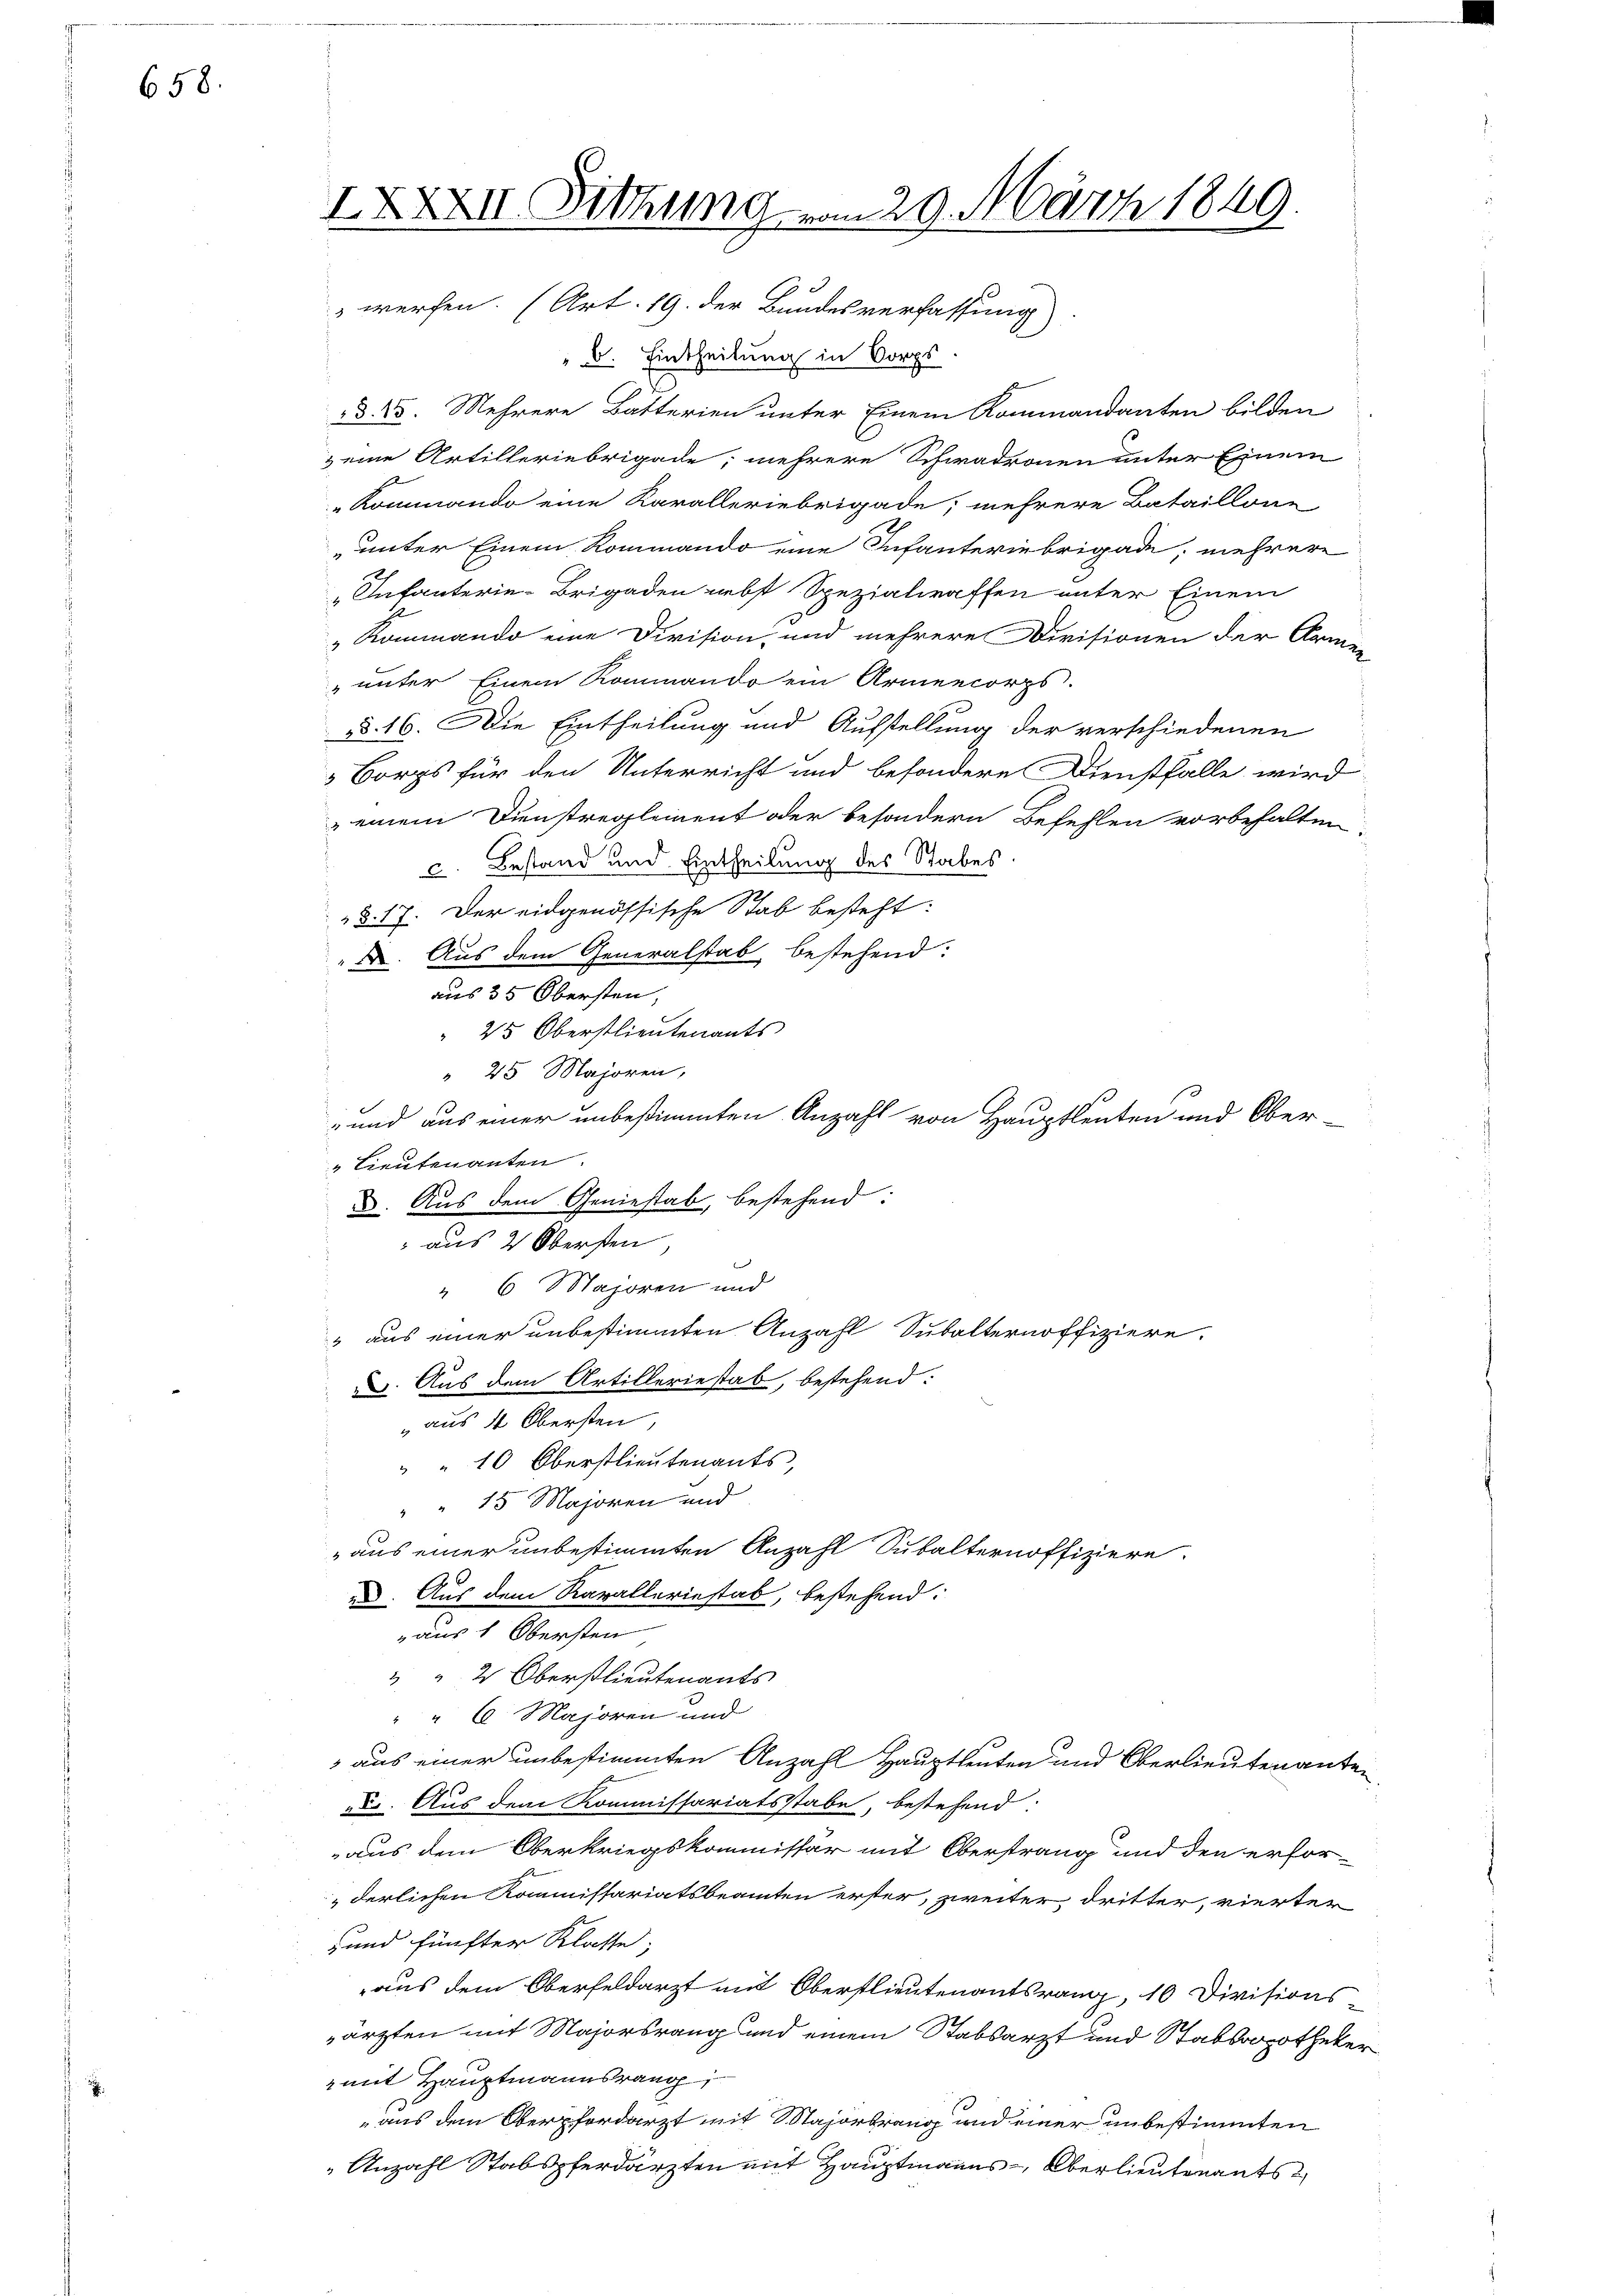
658.

IXXXIII. Sitzung vom 29. März 1849
E
e
werfen. (Art. 19. der Bundesverfassung

" 6. Eintheilung in Corps
d. 25. Mehrere Batterien unter Einem Kommandanten bilden
& eine Artilleriebrigade, mehrere Schwadronen unter Einem
Kommando eine Karalleriebrigade, mehrere Bataillone
„unter Einem Rommando eine Infanteriebrigade, mehrere
"Infanterie-Brigaden nebst Spezialwaffen unter Einem
„Kommando eine Division und mehrere Divisionen der Arme
„unter Einem Rommando ein Armencorps.
dd. 16. Die Eintheilung und Aufstellung der verschiedenen
 Borgs für den Unterricht und besondere Dienstfalle wird
einem Dienstregleinent oder besondern Befehlen vorbehalten
c. Bestand und Eintheilung des Stabes
§. 17. Der eidgenössische Stab besteht:
 Aus dem Generalstab, bestehend:
aus 35 Obersten,
 25 Oberstlieutenants
" 25 Majoren,
und aus einer unbestimmten Anzahl von Hauptleuten und Ober-
" Lieutenanten.
. Aus dem Geniestab, bestehend:
 aus 2 Obersten
e
 6 Majoren und
" aus einer unbestimmten Anzahl, Subalternoffiziere.
. Aus dem Artilleriestab, bestehend:
„aus 14 Obersten
" " 10 Oberstlieutenants,
" " 15 Majoren und
„aus einer unbestimmten Anzahl Subalternoffiziere.
e. Aus dem Kavalleriestab, bestehend:
aus 1 Obersten
 " 2 Oberstlieutenants
" " 6. Majoren und
 aus einer unbestimmten Anzahl Hauptleuten und Oberlieutenanten
D. Aus dem Kommissariatsstabe, bestehend:
aus dem Oberkriegskommissär mit Oberstrang und den erforderlichen Kommissariatsbeamten erster, zweiter dritter, vierter
und fünfter Klasse;
aus dem Oberfeldarzt mit Oberstlieutenantsrang, 10 Divisions
ärzten mit Majorsrang und einem Stabsarzt und Stabsopotheker
mit Hauptmannsrang
aus dem Oberpferdarzt mit Majortrang und einer unbestimmten
 Anzahl Stabspferdärzten mit Hauptmanns Oberlieutenants